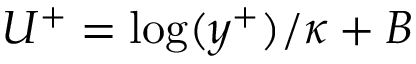
U ^ { + } = \log ( y ^ { + } ) / \kappa + B